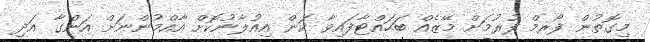
މިގޮތުން ފޯރމް ފުރުމަށް މޭޒެއް ބަހައްޓާފައިވާ ކަން އިއުލާނުކޮށް އާއްމުންނަށް އަންގާ އަދި